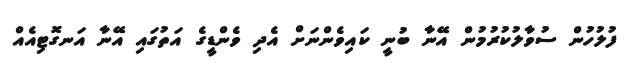
ފުލުހުން ސުވާލުކުރުމުން އޭނާ ބުނީ ކައިވެންނަށް އެދި ވެންޑީގެ އަތުގައި އޭނާ އަނގޮޓިއެއް